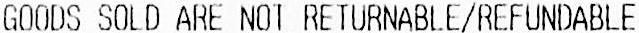
GOODS SOLD ARE NOT RETURNABLE/REFUNDABLE